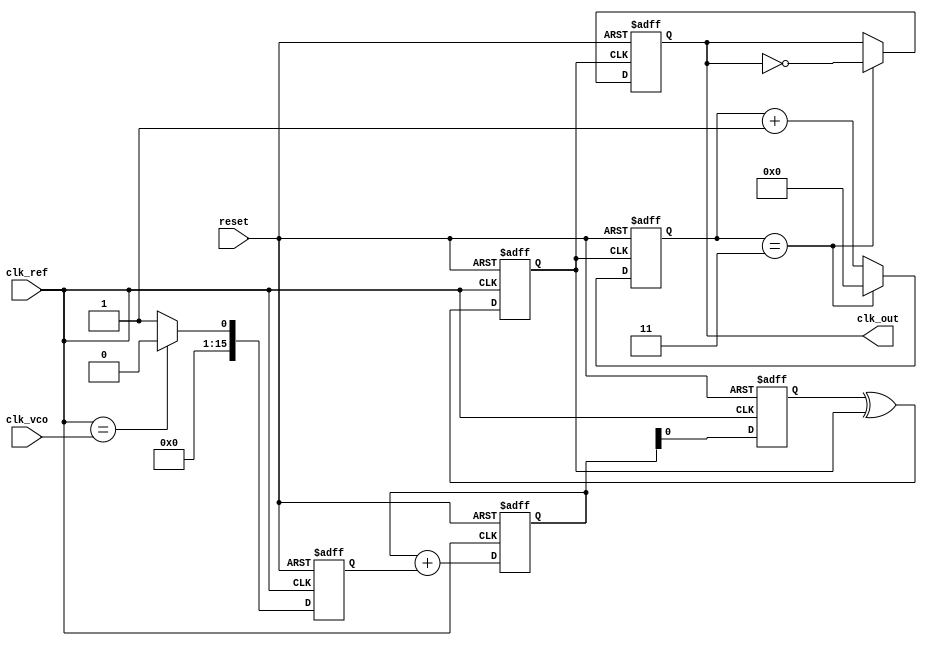
module DPLL (
    input wire clk_ref,          // Reference clock input
    input wire clk_vco,          // VCO clock output
    input wire reset,            // Reset signal
    output reg clk_out           // Output clock
);

// Parameters
parameter N = 8;                // Size of the memory block
parameter LOOP_FILTER_WIDTH = 16; // Width of the loop filter output
parameter VCO_WIDTH = 8;        // Width of the VCO control signal

// Memory block for storing phase information or calibration values
reg [LOOP_FILTER_WIDTH-1:0] memory_block [0:N-1];

// Phase Detector
reg [LOOP_FILTER_WIDTH-1:0] phase_error;

// Loop Filter
reg [LOOP_FILTER_WIDTH-1:0] loop_filter_out;

// Voltage-Controlled Oscillator (VCO)
reg [VCO_WIDTH-1:0] vco_control;
reg clk_vco_out;

// Frequency Divider (optional)
reg [3:0] divider_counter;
parameter DIVIDER_VALUE = 4;   // Example divider value

// Phase Detector logic
always @(posedge clk_ref or posedge reset) begin
    if (reset) begin
        phase_error <= 0;
    end else begin
        // Simple phase comparison logic (this can be more complex)
        phase_error <= (clk_ref == clk_vco) ? 0 : 1; // Example comparison
    end
end

// Loop Filter logic (simple accumulator for demonstration)
always @(posedge clk_ref or posedge reset) begin
    if (reset) begin
        loop_filter_out <= 0;
    end else begin
        loop_filter_out <= loop_filter_out + phase_error; // Simple integration
    end
end

// VCO logic (simple counter for demonstration)
always @(posedge clk_ref or posedge reset) begin
    if (reset) begin
        vco_control <= 0;
        clk_vco_out <= 0;
    end else begin
        vco_control <= loop_filter_out[VCO_WIDTH-1:0]; // Control signal from loop filter
        // Generate VCO output based on control signal
        clk_vco_out <= (vco_control[0] ^ clk_vco_out); // Simple toggling based on control
    end
end

// Output clock generation with frequency division
always @(posedge clk_vco_out or posedge reset) begin
    if (reset) begin
        divider_counter <= 0;
        clk_out <= 0;
    end else begin
        if (divider_counter == DIVIDER_VALUE - 1) begin
            clk_out <= ~clk_out; // Toggle output clock
            divider_counter <= 0;
        end else begin
            divider_counter <= divider_counter + 1;
        end
    end
end

endmodule